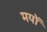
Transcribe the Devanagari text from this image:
मयों